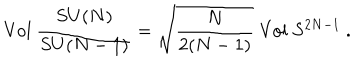
\mathrm { V o l } \ \frac { S U ( N ) } { S U ( N - 1 ) } = \sqrt { \frac { N } { 2 ( N - 1 ) } } \ \mathrm { V o l } \ S ^ { 2 N - 1 } \ .